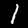
Digit: 1